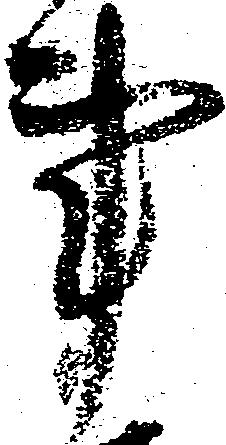
事